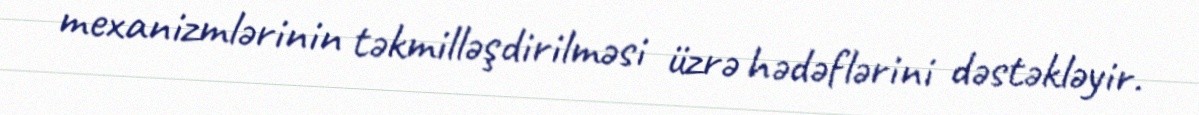
mexanizmlərinin təkmilləşdirilməsi üzrə hədəflərini dəstəkləyir.